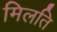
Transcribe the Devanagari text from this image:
मिलति